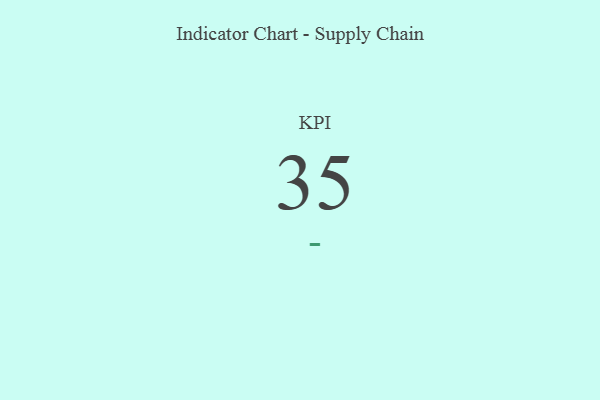
{"axis": {"x": "KPI", "y": "Value"}, "legend": [""], "data": [{"x": "KPI", "y": 35, "type": ""}]}